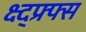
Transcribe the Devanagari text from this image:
क्ष्द्फ्र्फ्स